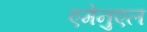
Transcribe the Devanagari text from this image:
एमेनुएल